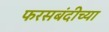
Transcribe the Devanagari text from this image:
फरसबंदीच्या